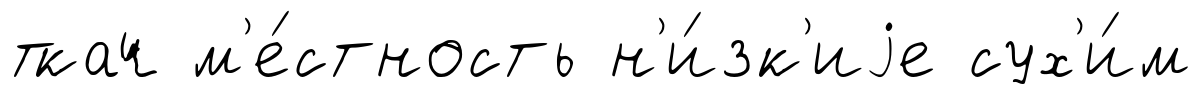
ткач м'е́стность н'и́зк'иjе сух'и́м